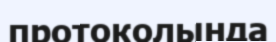
протоколында